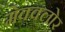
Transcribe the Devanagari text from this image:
मेक्क्लोर